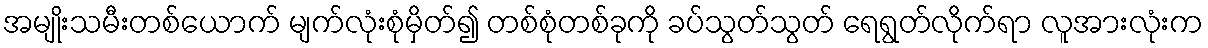
အမျိုးသမီးတစ်ယောက် မျက်လုံးစုံမှိတ်၍ တစ်စုံတစ်ခုကို ခပ်သွတ်သွတ် ရေရွတ်လိုက်ရာ လူအားလုံးက